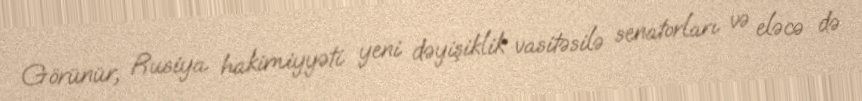
Görünür, Rusiya hakimiyyəti yeni dəyişiklik vasitəsilə senatorları və eləcə də